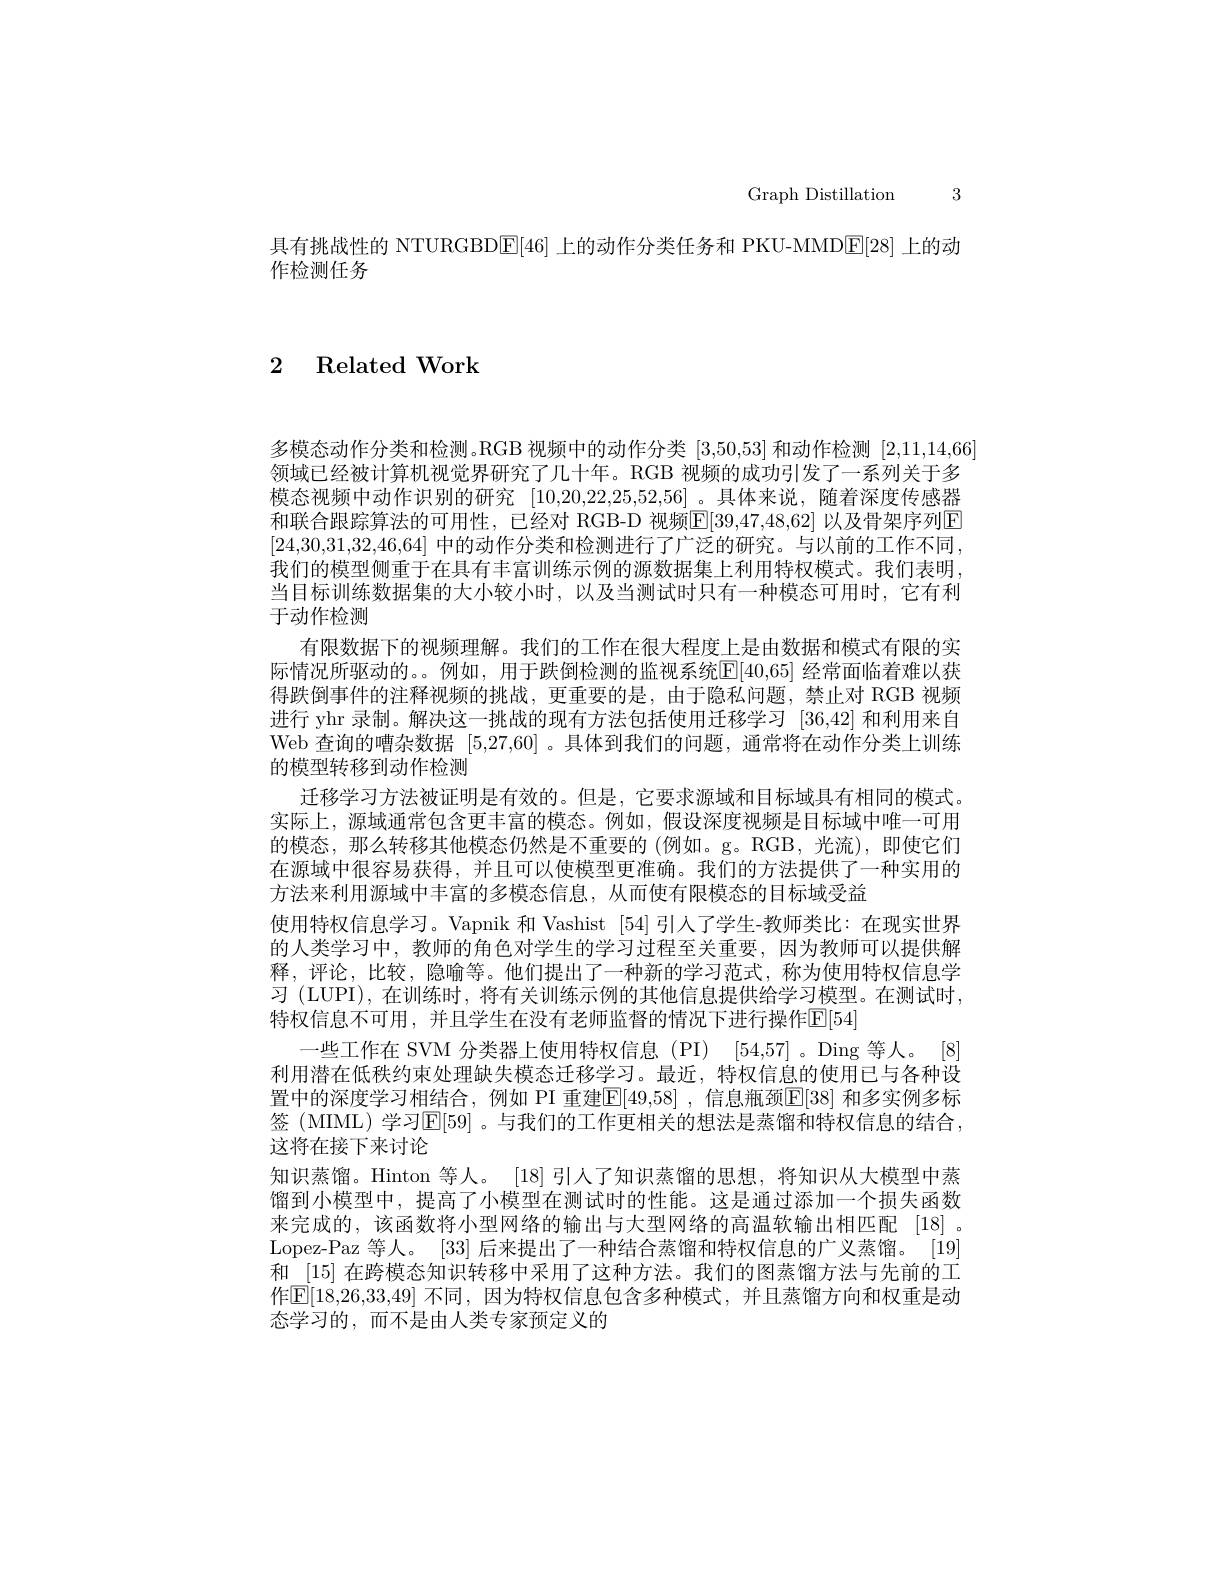
Graph Distillation 3

具有挑战性的 NTURGBDE[46] 上的动作分类任务和 PKU-MMDE[28] 上的动
作检测任务

2 Related Work

多模态动作分类和检测。RGB 视频中的动作分类[3,50,53]和动作检测[2,11,14,66] 领域已经被计算机视觉界研究了几十年。RGB 视频的成功引发了一系列关于多模态视频中动作识别的研究 [10,20,22,25,52,56]。具体来说，随着深度传感器和联合跟踪算法的可用性，已经对 RGB-D 视频E[39,47,48,62] 以及骨架序列E [24,30,31,32,46,64] 中的动作分类和检测进行了广泛的研究。与以前的工作不同， 我们的模型侧重于在具有丰富训练示例的源数据集上利用特权模式。我们表明当目标训练数据集的大小较小时，以及当测试时只有一种模态可用时，它有利于动作检测
有限数据下的视频理解。我们的工作在很大程度上是由数据和模式有限的实际情况所驱动的。。例如，用于跌倒检测的监视系统$\mathbb{E}[40,65]$ 经常面临着难以获得跌倒事件的注释视频的挑战，更重要的是，由于隐私问题，禁止对 RGB 视频进行 yhr 录制。解决这一挑战的现有方法包括使用迁移学习[36,42]和利用来自Web 查询的嘈杂数据[5,27,60] 。具体到我们的问题，通常将在动作分类上训练的模型转移到动作检测
迁移学习方法被证明是有效的。但是 , 它要求源域和目标域具有相同的模式。实际上，源域通常包含更丰富的模态。例如，假设深度视频是目标域中唯一可用的模态，那么转移其他模态仍然是不重要的(例如。g。RGB,光流),即使它们在源域中很容易获得，并且可以使模型更准确。我们的方法提供了一种实用的方法来利用源域中丰富的多模态信息，从而使有限模态的目标域受益
使用特权信息学习。Vapnik 和 Vashist [54] 引人了学生-教师类比：在现实世界的人类学习中，教师的角色对学生的学习过程至关重要，因为教师可以提供解释，评论，比较，隐喻等。他们提出了一种新的学习范式，称为使用特权信息学习 (LUPI), 在训练时，将有关训练示例的其他信息提供给学习模型。在测试时， 特权信息不可用，并且学生在没有老师监督的情况下进行操作$\mathbb{E}[54]$
一些工作在 SVM 分类器上使用特权信息 (PI) [54,57] 。Ding 等人。[8] 利用潜在低秩约束处理缺失模态迁移学习。最近，特权信息的使用已与各种设置中的深度学习相结合，例如 PI 重建$\mathbb{E}[49,58]$ ,信息瓶颈E[38] 和多实例多标签 (MIML) 学习$\mathsf{E}[59]$。与我们的工作更相关的想法是蒸馏和特权信息的结合， 这将在接下来讨论
知识蒸馏。Hinton 等人。[18]引入了知识蒸馏的思想，将知识从大模型中蒸馏到小模型中，提高了小模型在测试时的性能。这是通过添加一个损失函数来完成的，该函数将小型网络的输出与大型网络的高温软输出相匹配 [18]。Lopez-Paz 等人。[33]后来提出了一种结合蒸馏和特权信息的广义蒸馏。[19] 和 [15] 在跨模态知识转移中采用了这种方法。我们的图蒸馏方法与先前的工作E[ 18, 26, 33, 49] 不同，因为特权信息包含多种模式，并且蒸馏方向和权重是动态学习的，而不是由人类专家预定义的